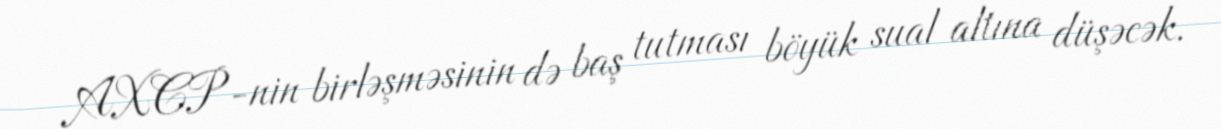
AXCP-nin birləşməsinin də baş tutması böyük sual altına düşəcək.